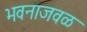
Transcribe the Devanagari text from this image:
भवनाजवळ